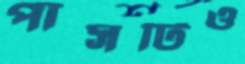
পাসটিও